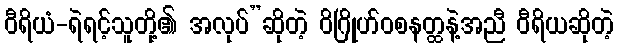
ဝီရိယံ-ရဲရင့်သူတို့၏ အလုပ်”ဆိုတဲ့ ဝိဂြိုဟ်ဝစနတ္ထနဲ့အညီ ဝီရိယဆိုတဲ့